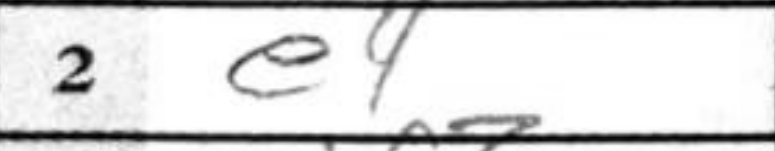
Transcription: e4